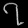
Digit: ၇